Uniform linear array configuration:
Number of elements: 4
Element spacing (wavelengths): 0.5
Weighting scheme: blackman
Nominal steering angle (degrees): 0
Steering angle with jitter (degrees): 0.06541
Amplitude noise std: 0.05
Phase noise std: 0.05

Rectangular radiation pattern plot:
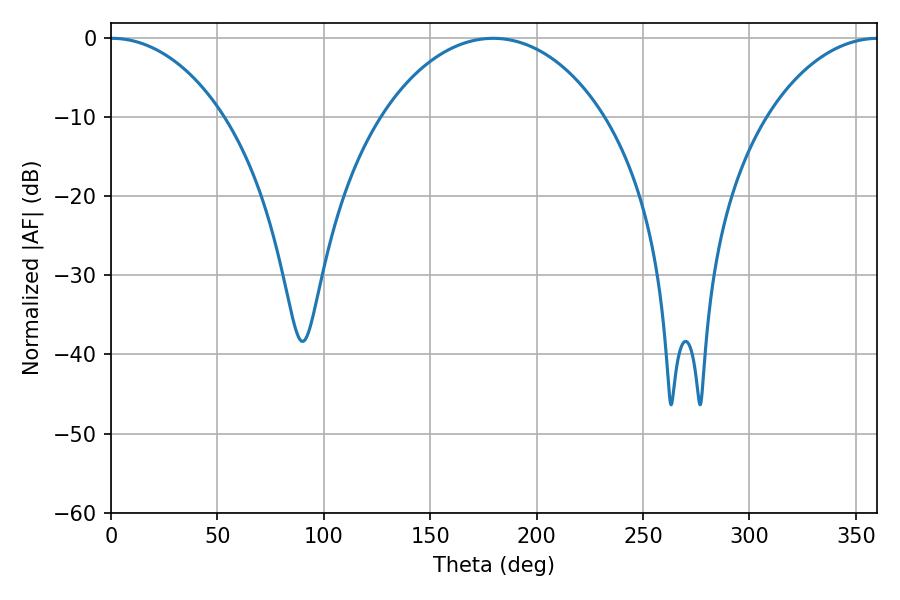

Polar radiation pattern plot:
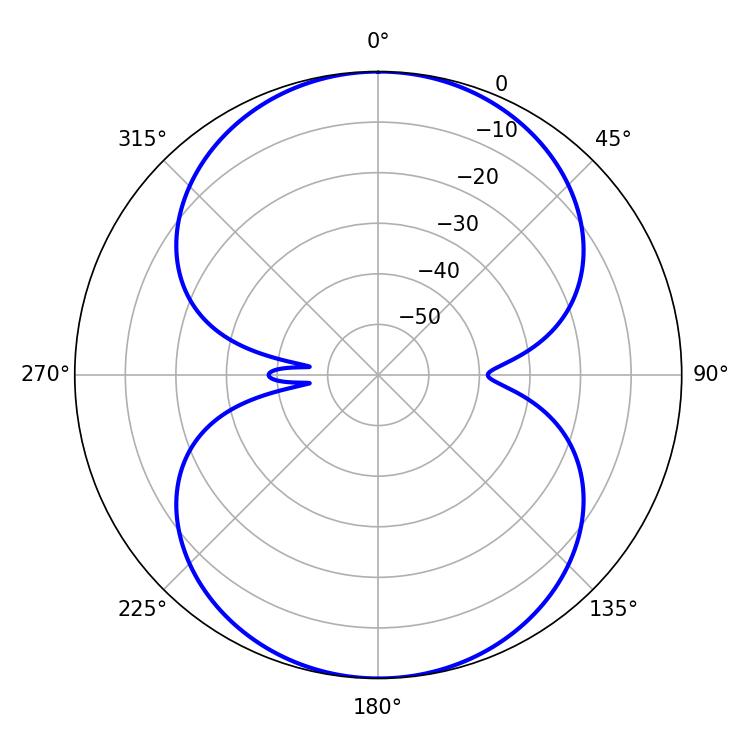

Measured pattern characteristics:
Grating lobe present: FALSE
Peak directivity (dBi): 20.03
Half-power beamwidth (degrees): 30.42
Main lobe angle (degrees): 0.36